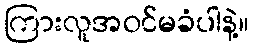
ကြားလူအဝင်မခံပါနဲ့။